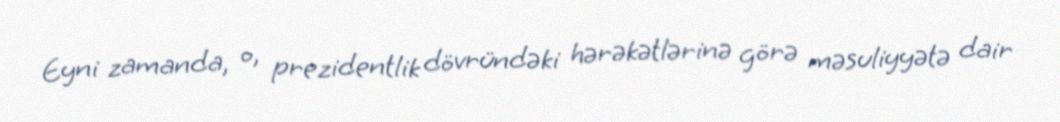
Eyni zamanda, o, prezidentlik dövründəki hərəkətlərinə görə məsuliyyətə dair